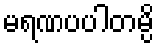
မရဏပပါတမ္ပိ